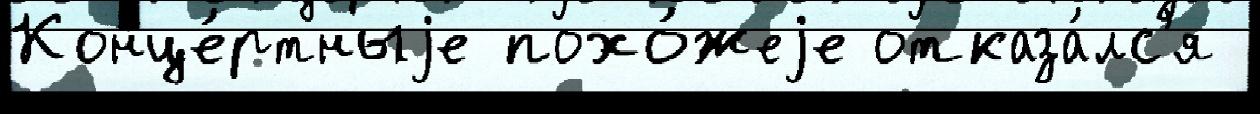
Конце́ртныjе похо́жеjе отказа́лс'я